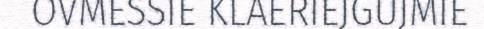
OVMESSIE KLAERIEJGUJMIE